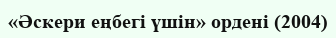
«Әскери еңбегі үшін» ордені (2004)